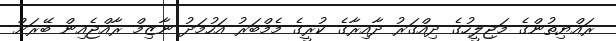
ރައްޔިތުންގެ މަޖިލީހުގެ ދިއްގަރު ދާއިރާގެ ކުރީގެ މެމްބަރު އަހުމަދު ނާޒިމް ރާއްޖެއިން ބޭރަށް